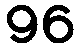
96